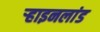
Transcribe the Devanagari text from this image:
ऱ्हाइनलांड